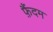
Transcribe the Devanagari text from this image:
फ़ैंदम